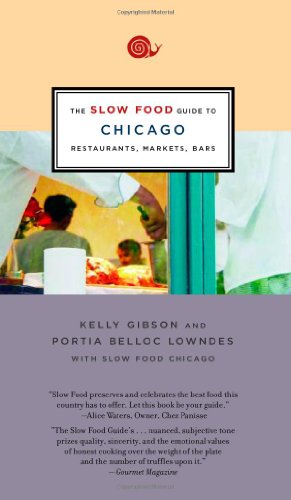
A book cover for The Slow Food Guide to Chicago: Restaurants, Markets, Bars; Kelly Gibson; Travel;